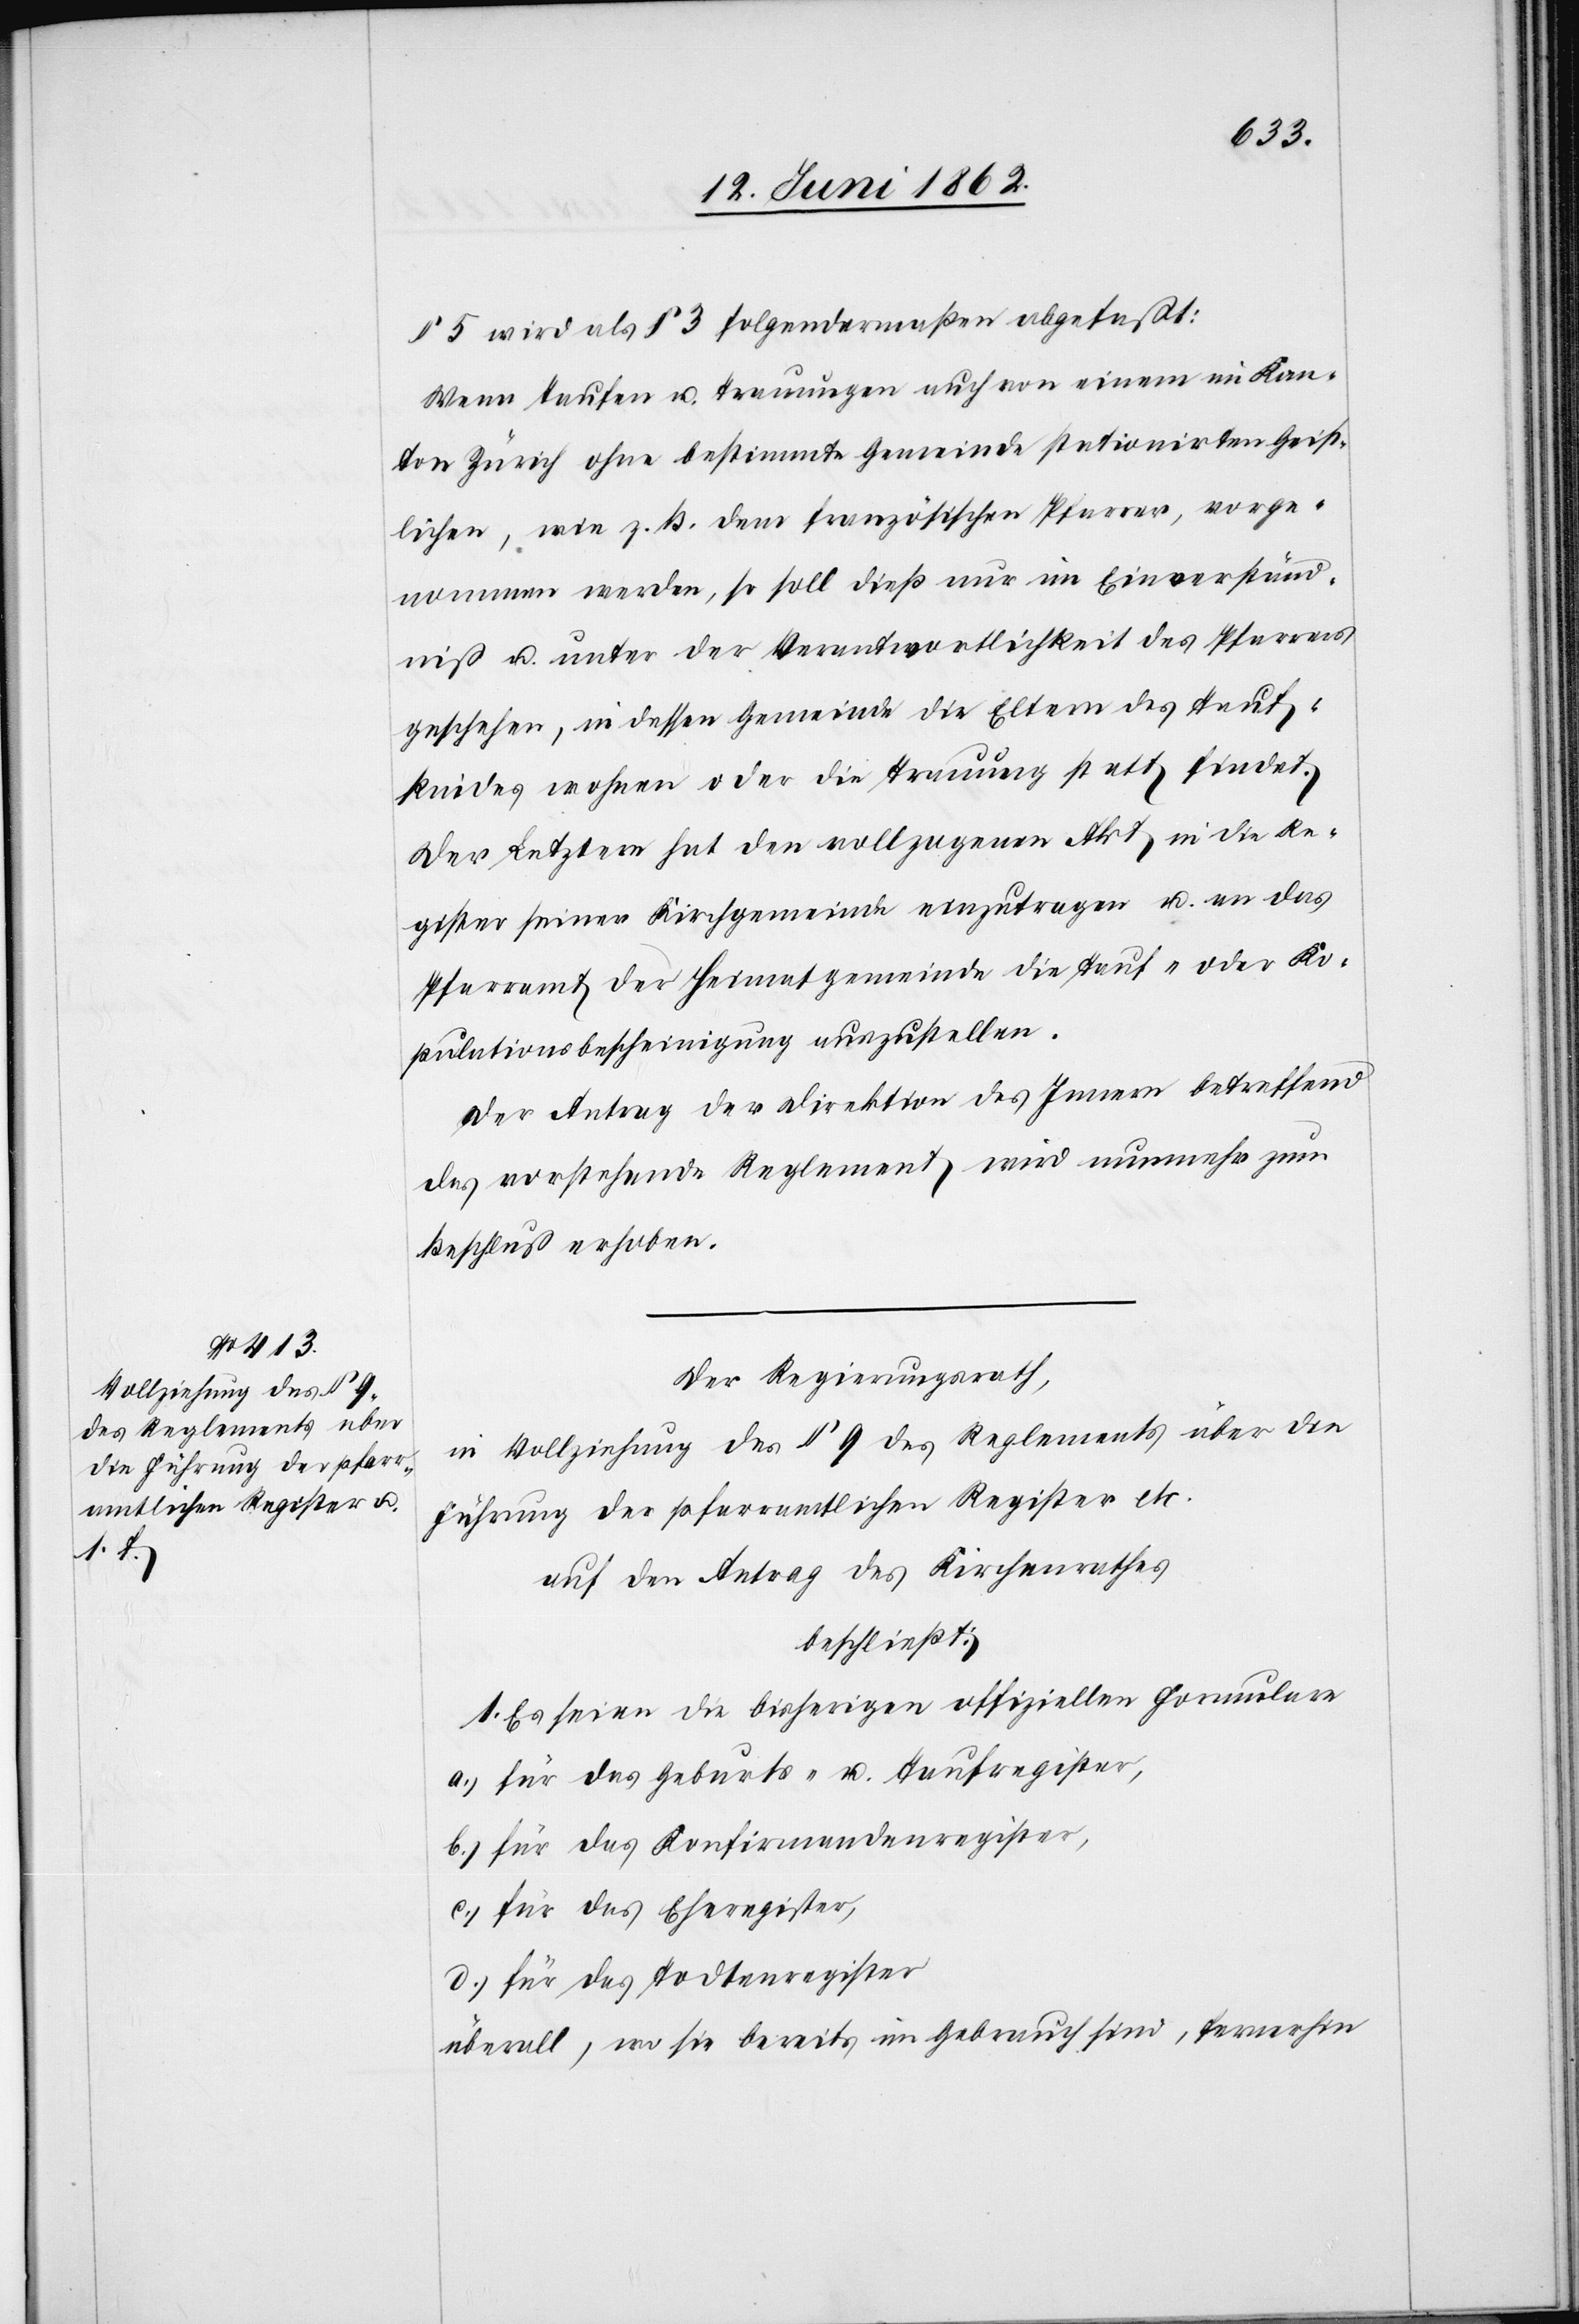
§ 5 wird als § 3 folgendermaßen abgefaßt:
Wenn Taufen u. Trauungen auch von einem im Kan¬
ton Zürich ohne bestimmte Gemeinde stationirten Geist¬
lichen, wie z. B. dem französischen Pfarrer, vorge¬
nommen werden, so soll dieß nur im Einverständ¬
niß u. unter der Verwantwortlichkeit des Pfarrers
geschehen, in dessen Gemeinde die Eltern des Tauf¬
kindes wohnen oder die Trauung statt findet.
Der Letztere hat den vollzogenen Akt in die Re¬
gister seiner Kirchgemeinde einzutragen u. an das
Pfarramt der Heimatgemeinde die Tauf- oder Ko¬
pulationsbescheinigung auszustellen.
Der Antrag der Direktion des Innern betreffend
des vorstehenden Reglement wird nunmehr zum
Beschluß erhoben.
Der Regierungsrath,
in Vollziehung des § 9 des Reglements über die
Führung der pfarramtlichen Register etc.
auf den Antrag des Kirchenrathes
beschließt:
1. Es seien die bisherigen offiziellen Formulare
a) für das Geburts- u. Taufregister,
b) für das Konfirmandenregister,
c) für das Eheregister,
d) für das Todtenregister
überall, wo sie bereits im Gebrauch sind, fernerhin